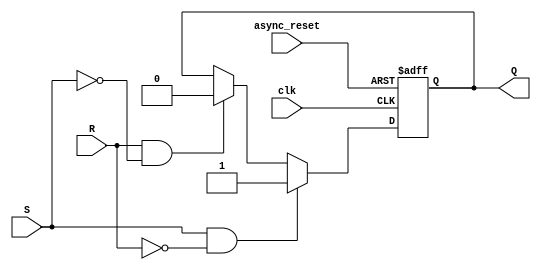
module sr_ff (
  input clk,
  input S,
  input R,
  input async_reset,
  output reg Q
);

  always @(posedge clk or posedge async_reset) begin
    if (async_reset) begin
      Q <= 0;
    end else begin
      if (S && !R) begin
        Q <= 1;
      end else if (R && !S) begin
        Q <= 0;
      end
    end
  end

endmodule